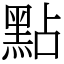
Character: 點